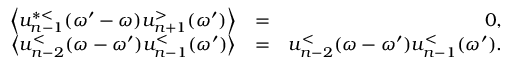
\begin{array} { r l r } { \left\langle u _ { n - 1 } ^ { * < } ( \omega ^ { \prime } - \omega ) u _ { n + 1 } ^ { > } ( \omega ^ { \prime } ) \right\rangle } & { = } & { 0 , } \\ { \left\langle u _ { n - 2 } ^ { < } ( \omega - \omega ^ { \prime } ) u _ { n - 1 } ^ { < } ( \omega ^ { \prime } ) \right\rangle } & { = } & { u _ { n - 2 } ^ { < } ( \omega - \omega ^ { \prime } ) u _ { n - 1 } ^ { < } ( \omega ^ { \prime } ) . } \end{array}